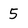
Character: 5